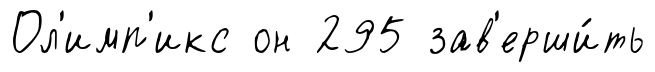
Ол'имп'икс он 295 зав'ерши́ть